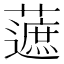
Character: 𧀹